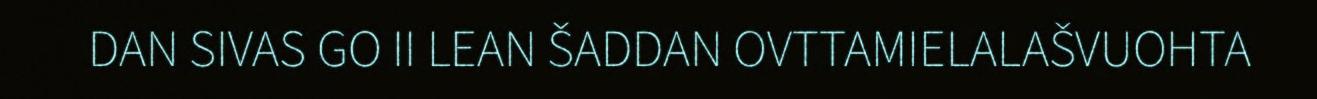
DAN SIVAS GO II LEAN ŠADDAN OVTTAMIELALAŠVUOHTA